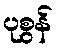
ပုစွန်